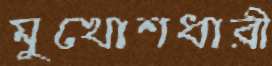
মুখোশধারী